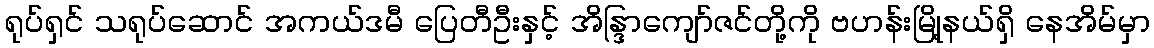
ရုပ်ရှင် သရုပ်ဆောင် အကယ်ဒမီ ပြေတီဦးနှင့် အိန္ဒြာကျော်ဇင်တို့ကို ဗဟန်းမြို့နယ်ရှိ နေအိမ်မှာ